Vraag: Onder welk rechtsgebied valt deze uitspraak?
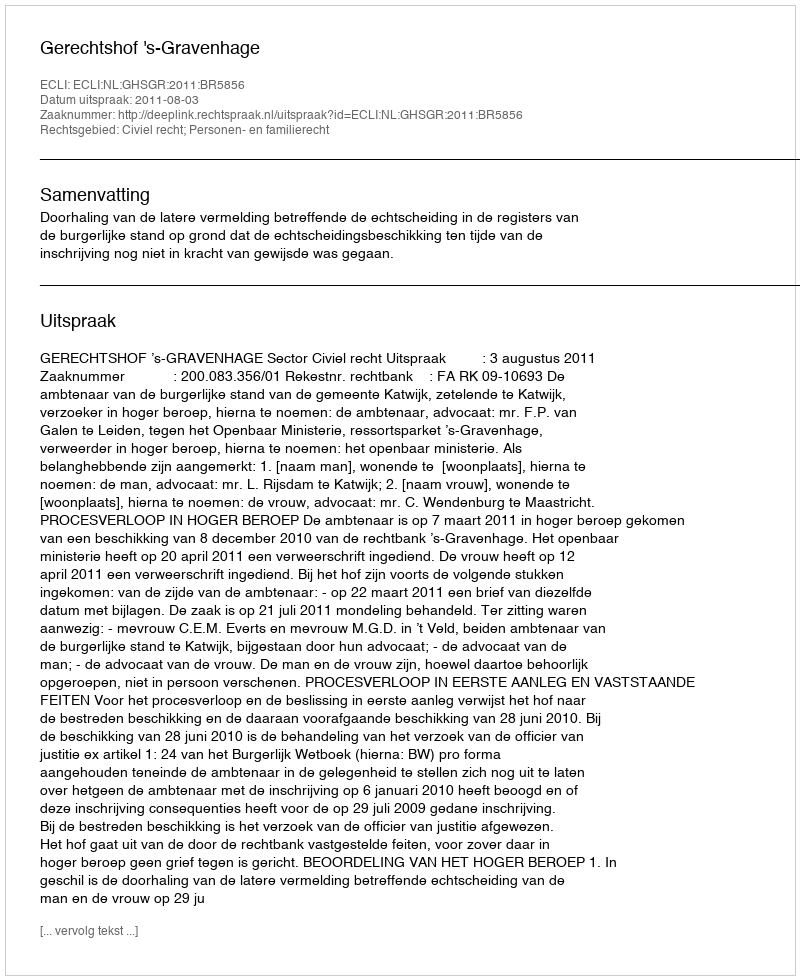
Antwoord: Civiel recht; Personen- en familierecht